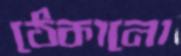
ঠেকানো